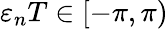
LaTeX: \varepsilon_{n}T\in[-\pi,\pi)